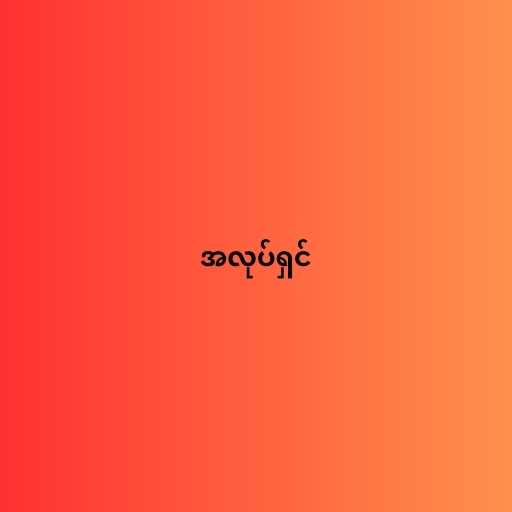
အလုပ်ရှင်